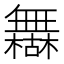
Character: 𰙈